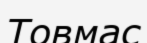
Товмас